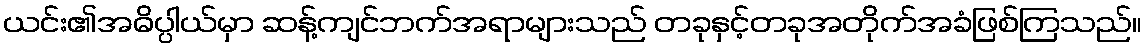
ယင်း၏အဓိပ္ပါယ်မှာ ဆန့်ကျင်ဘက်အရာများသည် တခုနှင့်တခုအတိုက်အခံဖြစ်ကြသည်။